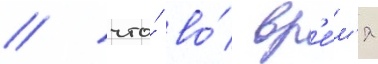
/ что́ во́ вр'е́м'я